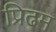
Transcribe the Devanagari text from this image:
प्रिढम